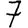
Digit: 7